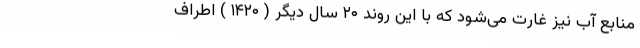
منابع آب نیز غارت می‌شود که با این روند ۲۰ سال دیگر ( ۱۴۲۰ ) اطراف